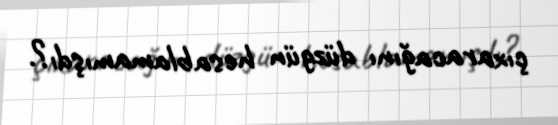
çıxaracağını düzgün hesablamamışdı?.